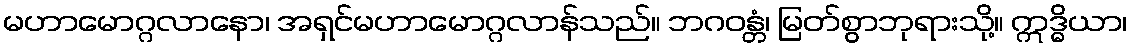
မဟာမောဂ္ဂလာနော၊ အရှင်မဟာမောဂ္ဂလာန်သည်။ ဘဂဝန္တံ၊ မြတ်စွာဘုရားသို့။ ဣဒ္ဓိယာ၊